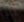
لماذا